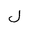
Letter: _lam